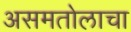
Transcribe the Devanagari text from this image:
असमतोलाचा